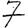
Digit: 7